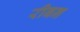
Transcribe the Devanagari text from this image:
रीबन